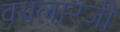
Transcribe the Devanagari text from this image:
वयलारजी